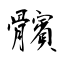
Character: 髕